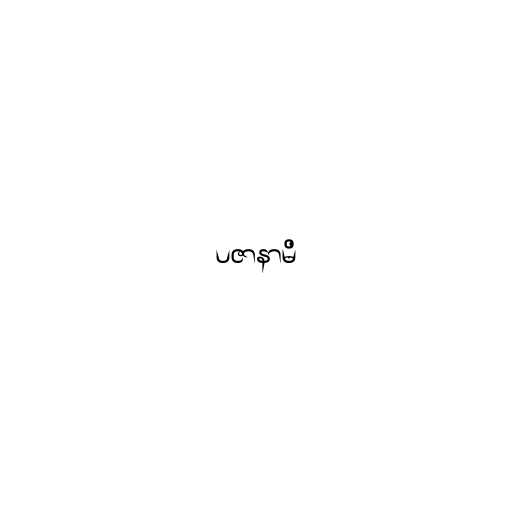
ပဇာနာမိ